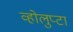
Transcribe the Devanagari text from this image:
व्होलुप्टा